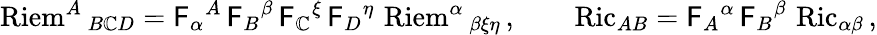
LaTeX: \operatorname{Riem}^{A}{}_{B\mathbb{C}D}=\mathsf{{F}}_{\alpha}{}^{A}\, \mathsf{{F}}_{B}{}^{\beta}\, \mathsf{{F}}_{\mathbb{C}}{}^{\xi}\, \mathsf{{F}}_{D}{}^{\eta}\, \operatorname{Riem}^{\alpha}{}_{\beta\xi\eta}\, ,\qquad\operatorname{Ric}_{AB}=\mathsf{{F}}_{A}{}^{\alpha}\, \mathsf{{F}}_{B}{}^{\beta}\, \operatorname{Ric}_{\alpha\beta}\, ,